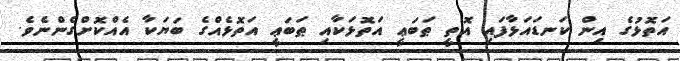
އަތޮޅުގެ އިން ކަނޑައަޅާފައި އޮތީ ޠަބަޢީ އަތޮޅަކާއި ޠަބަޢީ އަތޮޅެއްގެ ބަޔަކާ އެއްކޮށްގެންނެވެ.